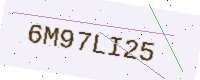
Text: 6M97LI25